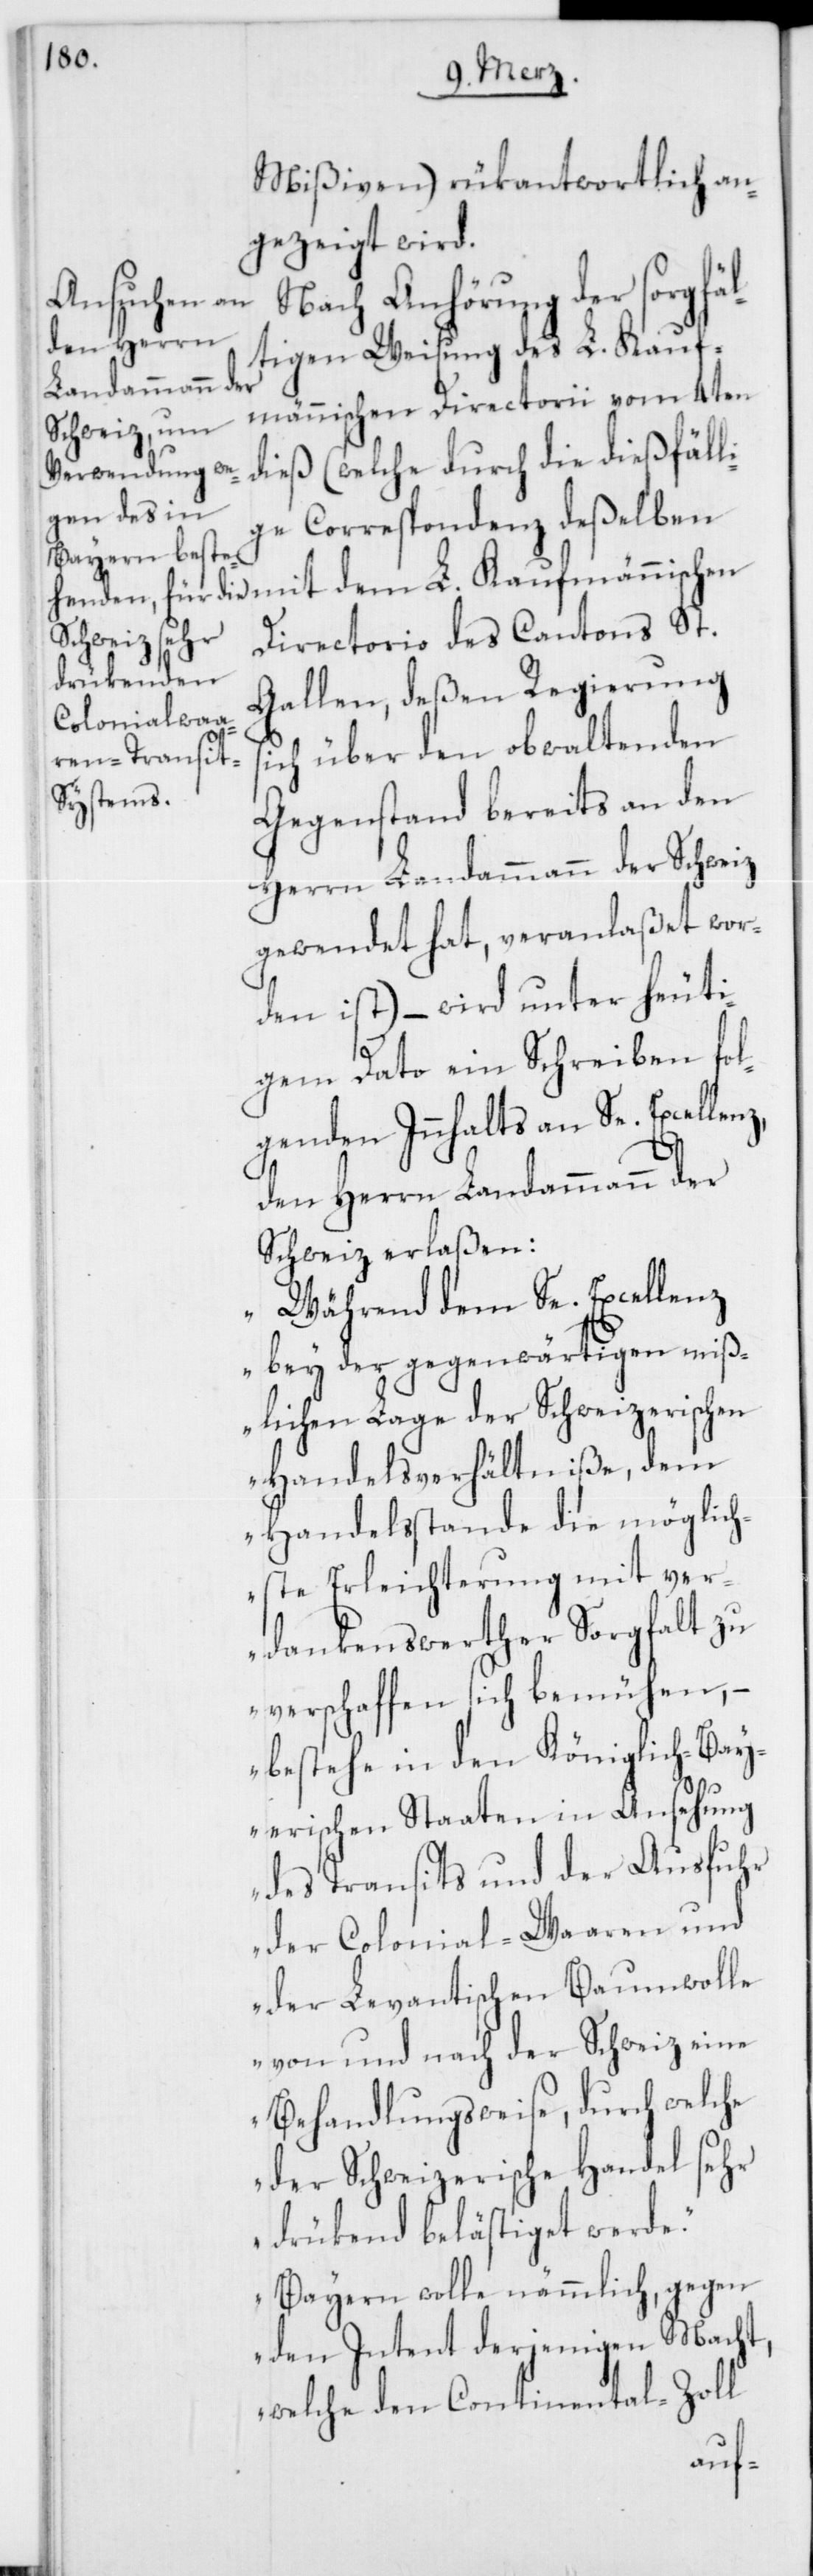
Mißiven) rükantwortlich an¬
gezeigt wird.
Nach Anhörung der sorgfäl¬
tigen Weisung des L. Kauf¬
männischen Directorii vom 4ten
dieß (welche durch die dießfäll¬
ige Correspondenz deßelben
Directorio des Cantons St.
Gallen, deßen Regierung
ich über den obwaltenden
Gegenstand bereits an den
Herrn Landammann der Schweiz
gewendet hat, veranlaßet wor¬
den ist), – wird unter heuti¬
gem Dato ein Schreiben fol¬
genden Innhalts an Se. Excellenz,
den Herrn Landammann der
Schweiz erlaßen:
„Während dem Se. Excellenz
s¬
bey der gegenwärtigen miß¬
lichen Lage der Schweizerischen
Handelsverhältniße, dem
Handelsstande die möglich¬
ste Erleichterung mit ver¬
dankenswerther Sorgfalt zu
verschaffen sich bemühen, –
bestehe in den Königlich-Bay¬
erischen Staaten in Ansehung
des Transits und der Ausfuhr
der Colonial-Waaren und
der Levantischen Baumwolle
von und nach der Schweiz eine
Behandlungsweise, durch welche
der Schweizerische Handel sehr
drükend belästiget werde.
Bayern wolle nämmlich, gegen
den Intent derjenigen Macht,
welche den Continental-Zoll